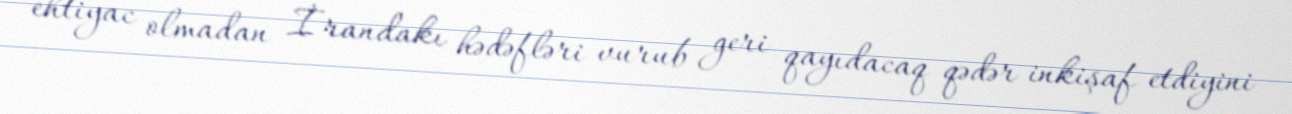
ehtiyac olmadan İrandakı hədəfləri vurub geri qayıdacaq qədər inkişaf etdiyini